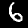
Label: 6